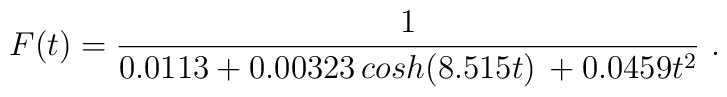
F(t)=\frac{1}{0.0113 + 0.00323\, cosh(8.515 t)\,  +0.0459 t^2} \ .